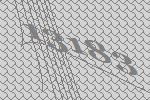
13183